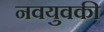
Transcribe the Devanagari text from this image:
नवयुवकी